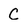
Character: C